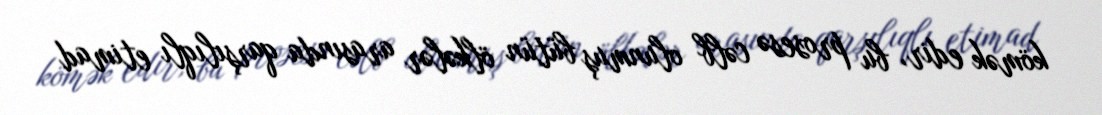
kömək edir, bu prosesə cəlb olunmuş bütün ölkələr arasında qarşılıqlı etimad